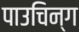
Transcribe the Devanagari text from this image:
पाउचिन्ग